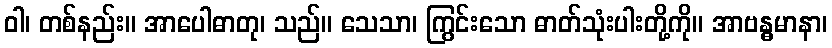
ဝါ၊ တစ်နည်း။ အာပေါဓာတု၊ သည်။ သေသာ၊ ကြွင်းသော ဓာတ်သုံးပါးတို့ကို။ အာဗန္ဓမာနာ၊